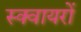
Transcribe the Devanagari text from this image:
स्क्वायरों